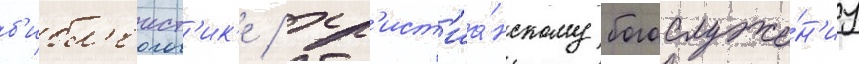
б'ибл'еист'ик'е / хр'ист'иа́нскому богослуже́н'иу